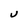
Character: U